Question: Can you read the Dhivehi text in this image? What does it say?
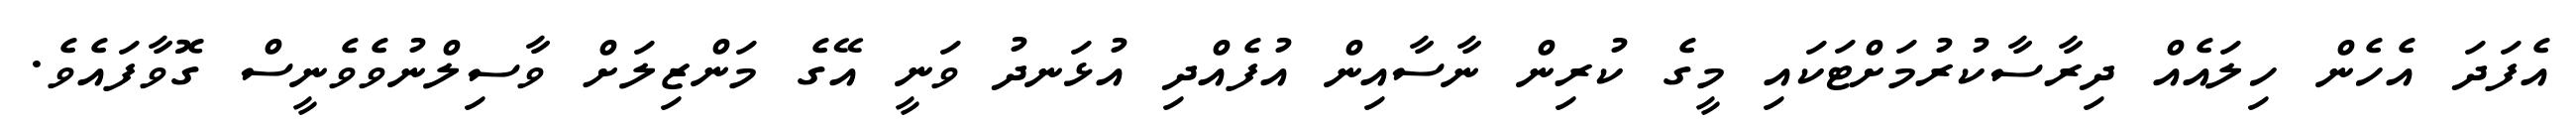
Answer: އެފަދަ އެހެން ހިލައެއް ދިރާސާކުރުމަށްޓަކައި މީގެ ކުރިން ނާސާއިން އުފެއްދި އުޅަނދު ވަނީ އޭގެ މަންޒިލަށް ވާސިލްނުވެވެނީސް ގޮވާފައެވެ.